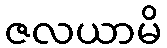
ဇလယာမိ